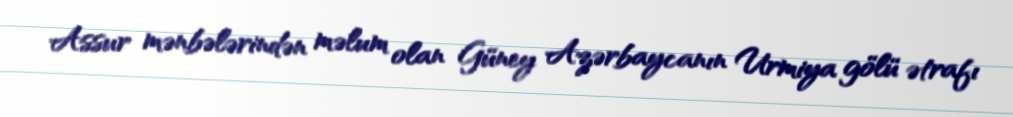
Assur mənbələrindən məlum olan Güney Azərbaycanın Urmiya gölü ətrafı